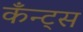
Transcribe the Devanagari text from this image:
कँन्ट्‌स